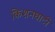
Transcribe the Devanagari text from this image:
किशनघाटी